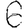
Digit: 6